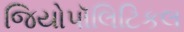
જિયોપૉલિટિકલ